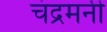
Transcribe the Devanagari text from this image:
चंद्रमनी